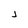
Character: j